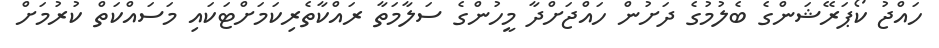
ހައްޖު ކޯޕަރޭޝަންގެ ބެލުމުގެ ދަށުން ހައްޖަށްދާ މީހުންގެ ސަލާމަތާ ރައްކާތެރިކަމަށްޓަކައި މަސައްކަތް ކުރުމަށް